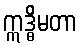
ဣဒ္ဓိမတာ